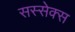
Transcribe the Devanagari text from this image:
सस्सेक्स